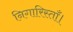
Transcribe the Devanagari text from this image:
निगारिस्ताँ।